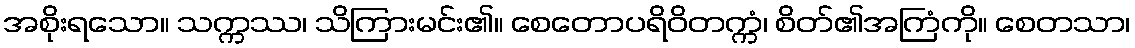
အစိုးရသော။ သက္ကဿ၊ သိကြားမင်း၏။ စေတောပရိဝိတက္ကံ၊ စိတ်၏အကြံကို။ စေတသာ၊